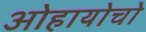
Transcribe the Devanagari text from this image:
ओहायोचो